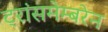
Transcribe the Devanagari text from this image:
ट्रांसमेम्बरेन